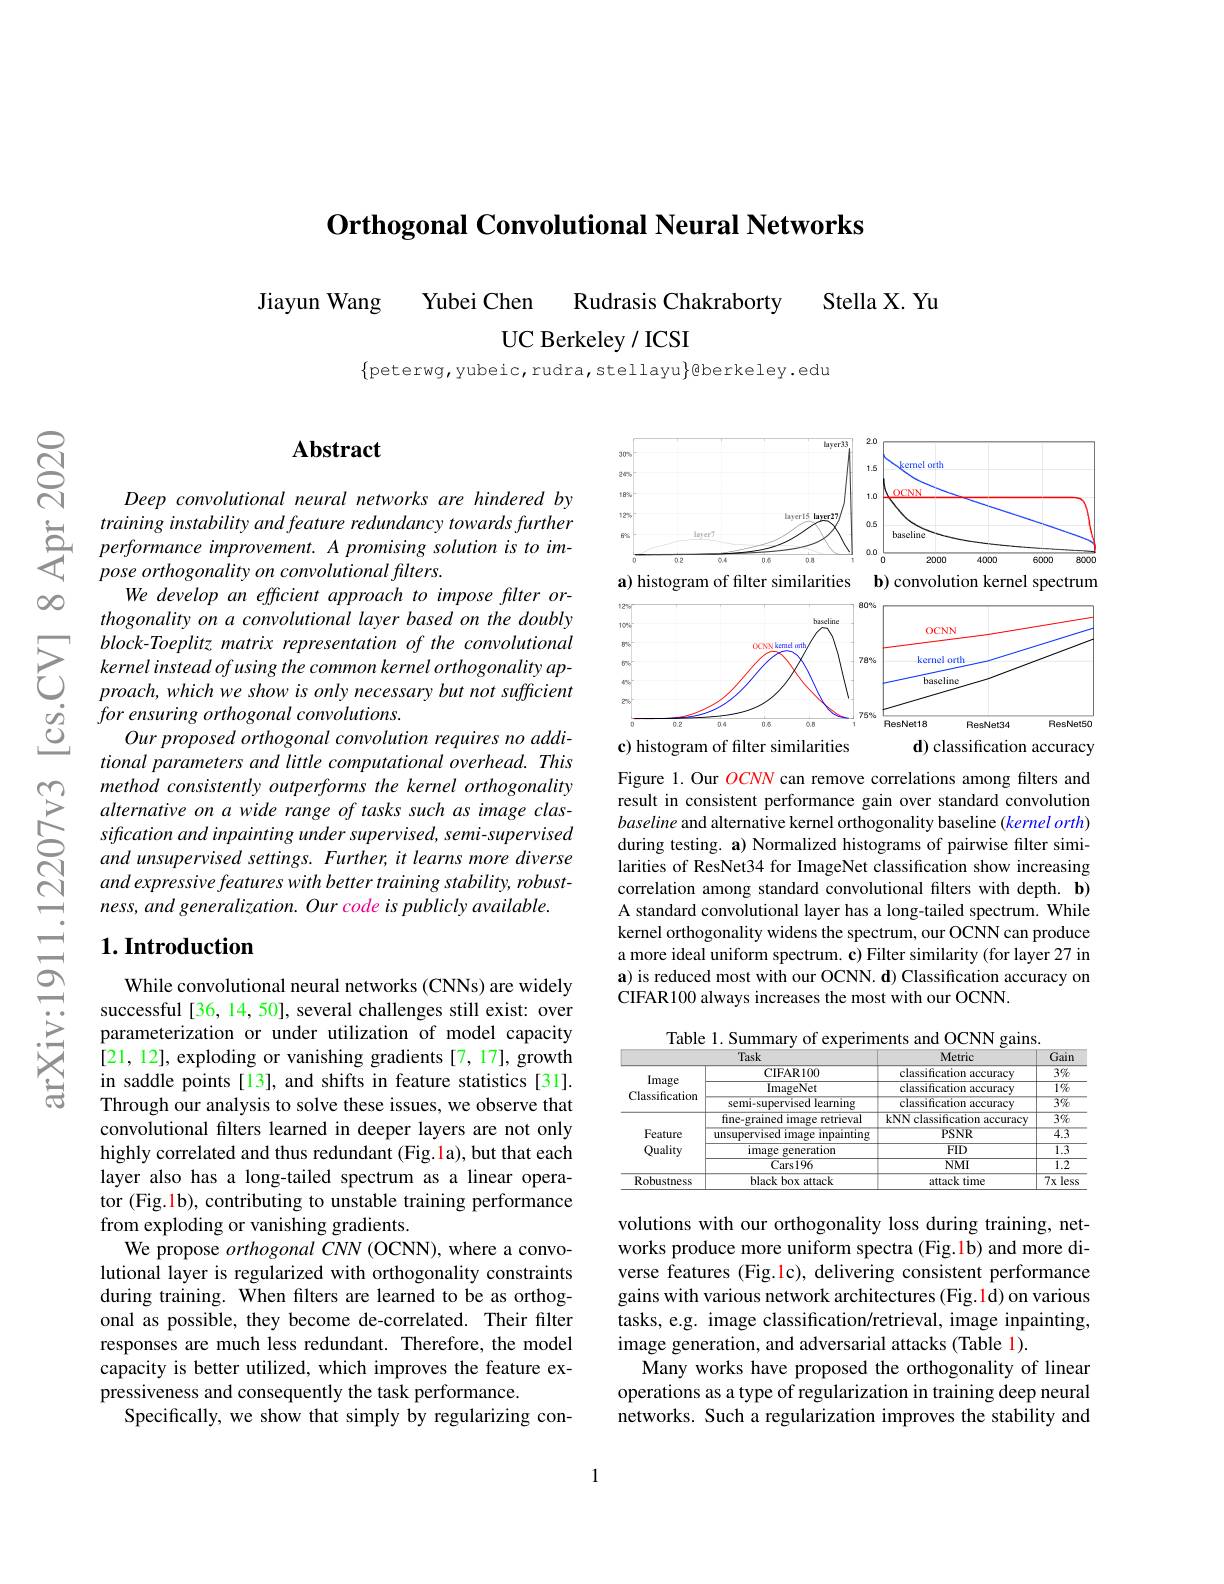
Orthogonal Convolutional Neural Networks

Rudrasis Chakraborty Stella X. Yu
Jiayun Wang
Yubei Chen
UC Berkeley / ICSI

$\{$peterwg,yubeic,rudra,stellayu$\}$@berkeley.edu

$\infty0$

$ଟ୍ରି$

## $\mathbf{Abstract}$

Deep convolutional neural networks are hindered by
training instability and feature redundancy towards further performance improvement. A promising solution is to im- pose orthogonality on convolutional filters.
We develop an efficient approach to impose filter orthogonality on a convolutional layer based on the doubly
$\sum_{\begin{array}{cc}&block\text{Toeplitz marrix representation of the convolutional}\\&kernel\text{ instead ofusing the common kernel orthogonality ap-}\\&proach,which\text{ we show is only necessary but not sufficient}\end{array}}$ $\begin{array}{ccc}\dot{g}&for\:ensuring\:orthogonal\:convolutions.\\\underline{Q}&Our\:proposed\:orthogonal\:convolution\:requires\:no\:addi-\end{array}$
tional parameters and little computational overhead. This method consistently outperforms the kernel orthogonality alternative on a wide range of tasks such as image classification and inpainting under supervised, semi-supervised and unsupervised settings. Further, it learns more diverse and expressive features with better training stability, robust- $ness,andgeneralization.Ourcodeispubliclyavailable.$

## $1. \textbf{Introduction}$

While convolutional neural networks (CNNs) are widely successful[36, 14, 50], several challenges still exist: over parameterization or under utilization of model capacity [21, 12], exploding or vanishing gradients [7, 17], growth in saddle points [13], and shifts in feature statistics [31]. Through our analysis to solve these issues, we observe that convolutional filters learned in deeper layers are not only highly correlated and thus redundant (Fig.1a), but that each layer also has a long-tailed spectrum as a linear operator (Fig.1b), contributing to unstable training performance from exploding or vanishing gradients.
We propose orthogonal CNN (OCNN), where a convolutional layer is regularized with orthogonality constraints during training. When flters are learned to be as orthogonal as possible, they become de-correlated. Their filter responses are much less redundant. Therefore, the model capacity is better utilized, which improves the feature expressiveness and consequently the task performance.
Specifically, we show that simply by regularizing con-

<FigureHere>

Figure 1. Our ocNN can remove correlations among filters and result in consistent performance gain over standard convolution baseline and alternative kernel orthogonality baseline $(kernelorth)$ during testing. a) Normalized histograms of pairwise filter similarities of ResNet34 for ImageNet classification show increasing correlation among standard convolutional filters with depth. b) A standard convolutional layer has a long-tailed spectrum. While kernel orthogonality widens the spectrum, our OCNN can produce a more ideal uniform spectrum. c) Filter similarity (for layer 27 in a) is reduced most with our OCNN. d) Classification accuracy on CIFAR100 always increases the most with our OCNN.

Table 1. Summary of experiments and OCNN gains.
<table>
	<tbody>
		<tr>
			<th> </th>
			<th>Task</th>
			<th>Metric</th>
			<th>Gain</th>
		</tr>
		<tr>
			<td> </td>
			<td>CIFAR100</td>
			<td>classification accuracy</td>
			<td>$3\%$</td>
		</tr>
		<tr>
			<td rowspan="3">mage Classificatiom</td>
			<td>ImageNet</td>
			<td>$\overline{\text{classification accuracy}}$</td>
			<td>$\overline{1\%}$</td>
		</tr>
		<tr>
			<td>semi-supervised learning</td>
			<td>classification accuracy</td>
			<td>$3\%$</td>
		</tr>
		<tr>
			<td>fine-grained image retrieval</td>
			<td>kNN classification accuracy</td>
			<td>$\overline{3\%}$</td>
		</tr>
		<tr>
			<td rowspan="3">Feature Quality</td>
			<td>unsupervised image inpainting</td>
			<td>$PSNR$</td>
			<td>4.3</td>
		</tr>
		<tr>
			<td>image s generation</td>
			<td>$FID$</td>
			<td>$\overline{1.3}$</td>
		</tr>
		<tr>
			<td>Cars196</td>
			<td>$NMI$</td>
			<td>1.2</td>
		</tr>
		<tr>
			<td>Robustness</td>
			<td>black box attack</td>
			<td>attack time</td>
			<td>$7x$ less</td>
		</tr>
	</tbody>
</table>

volutions with our orthogonality loss during training, networks produce more uniform spectra (Fig.1b) and more diverse features (Fig.1c), delivering consistent performance gains with various network architectures (Fig.1d) on various tasks, e.g. image classification/retrieval, image inpainting, image generation, and adversarial attacks (Table 1).
Many works have proposed the orthogonality of linear operations as a type of regularization in training deep neural networks. Such a regularization improves the stability and